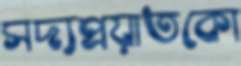
সদ্যপ্রয়াতকো